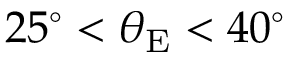
2 5 ^ { \circ } < \theta _ { \mathrm { E } } < 4 0 ^ { \circ }